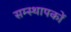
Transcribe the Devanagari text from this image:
सम्स्थापकों